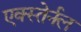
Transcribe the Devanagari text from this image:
एक्स्तेर्नल